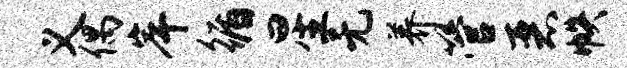
义偶岸循星无养管恶帙